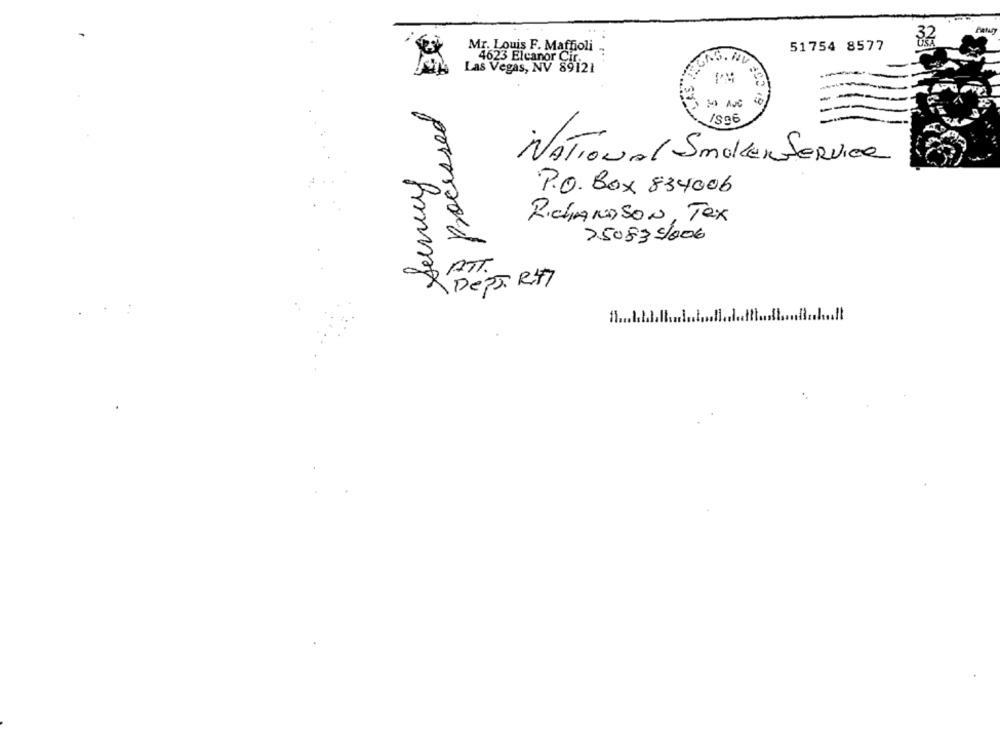
Mr. Louis F. Maffioli
51754 8577
4623 Eleanor Ci
Las Vegas, NV 89121
M Aut
NATIONAL SmolERSERVICE
P.O. Box 834006
0
RICHARDSON, Tex
>5083/006
ATT.
DePARMI
f .......